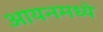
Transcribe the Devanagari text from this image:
आयनमध्ये